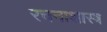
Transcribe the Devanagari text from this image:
रचनाशास्त्र